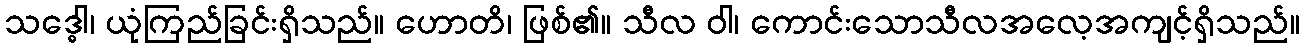
သဒ္ဓေါ၊ ယုံကြည်ခြင်းရှိသည်။ ဟောတိ၊ ဖြစ်၏။ သီလ ဝါ၊ ကောင်းသောသီလအလေ့အကျင့်ရှိသည်။